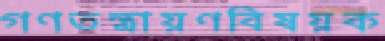
গণতন্ত্রায়ণবিষয়ক